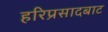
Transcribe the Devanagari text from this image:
हरिप्रसादबाट